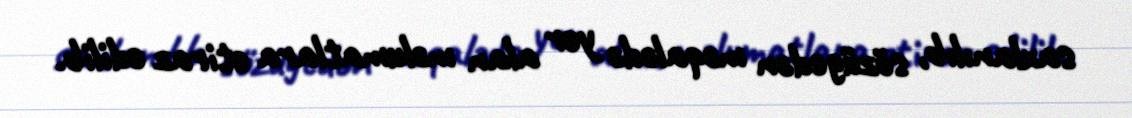
saxlanılıb, sözügedən məqalədə yer alan məlumatlara etiraz edilib.